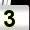
Digit: 3